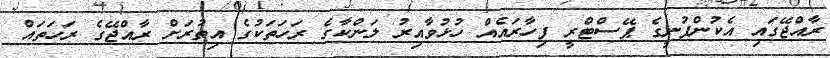
ރާއްޖޭގައި އެކުންފުނީގެ ޕޭސްޓްރީ ފިހާރައެއް ހުޅުވާއިރު ލަންކާގެ ރަހަތަކުގެ އިތުރަށް ރާއްޖޭގެ ރަހަތައް